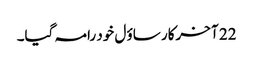
22 آ خرکار ساؤ ل خود رامہ گیا۔